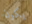
يكون